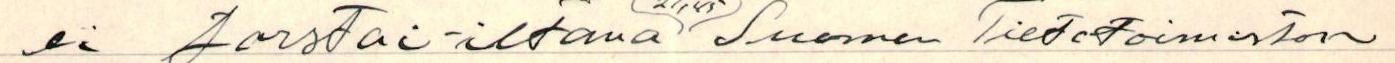
ei torstai-iltana )( Suomen Tietotoimiston